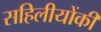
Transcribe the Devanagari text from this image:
सहिलीयोंकी